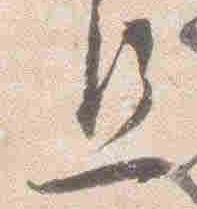
旦